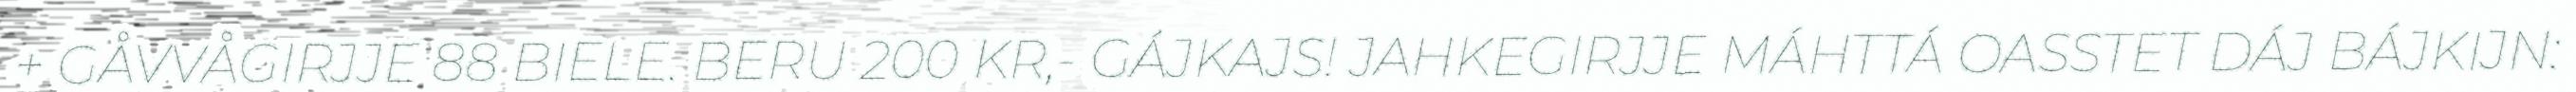
+ GÅVVÅGIRJJE 88 BIELE. BERU 200 KR,- GÁJKAJS! JAHKEGIRJJE MÁHTTÁ OASSTET DÁJ BÁJKIJN: